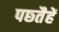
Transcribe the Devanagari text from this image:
पछ्तैहें